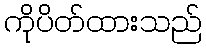
ကိုပိတ်ထားသည်